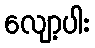
လျော့ပါး